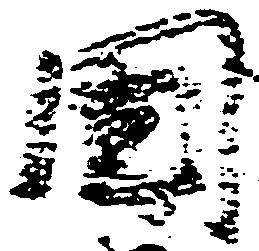
国